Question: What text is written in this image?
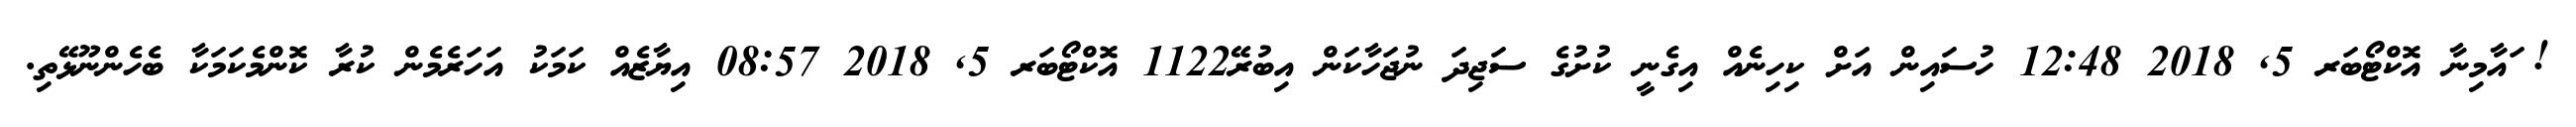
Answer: ! ައާމިނާ އޮކްޓޯބަރ 5, 2018 12:48 ހުސައިން އަށް ކިހިނެއް އިގެނީ ކުށުގެ ސަޖިދަ ނުޖަހާކަން އިބުރޭ1122 އޮކްޓޯބަރ 5, 2018 08:57 އިޔާޒެއް ކަމަކު އަހަރެމެން ކުރާ ކޮންމެކަމަކާ ބެހެންނޫޅޭތި.